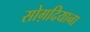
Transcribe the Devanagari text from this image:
सोग़दियाना